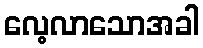
လေ့လာသောအခါ